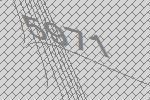
5971